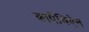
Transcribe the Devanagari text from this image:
कार्पेथिऐन